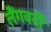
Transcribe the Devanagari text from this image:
लैंगवर्दी